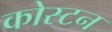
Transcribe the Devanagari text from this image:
कोस्टन